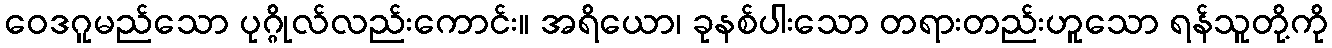
ဝေဒဂူမည်သော ပုဂ္ဂိုလ်လည်းကောင်း။ အရိယော၊ ခုနစ်ပါးသော တရားတည်းဟူသော ရန်သူတို့ကို